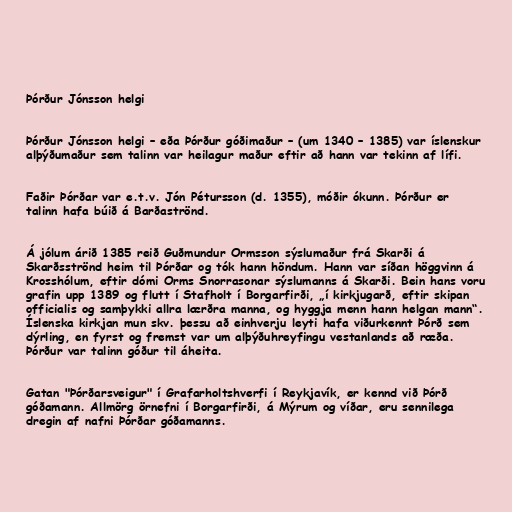
Þórður Jónsson helgi

Þórður Jónsson helgi – eða Þórður góðimaður – (um 1340 – 1385) var íslenskur
alþýðumaður sem talinn var heilagur maður eftir að hann var tekinn af lífi.

Faðir Þórðar var e.t.v. Jón Pétursson (d. 1355), móðir ókunn. Þórður er
talinn hafa búið á Barðaströnd.

Á jólum árið 1385 reið Guðmundur Ormsson sýslumaður frá Skarði á
Skarðsströnd heim til Þórðar og tók hann höndum. Hann var síðan höggvinn á
Krosshólum, eftir dómi Orms Snorrasonar sýslumanns á Skarði. Bein hans voru
grafin upp 1389 og flutt í Stafholt í Borgarfirði, „í kirkjugarð, eftir skipan
officialis og samþykki allra lærðra manna, og hyggja menn hann helgan mann“.
Íslenska kirkjan mun skv. þessu að einhverju leyti hafa viðurkennt Þórð sem
dýrling, en fyrst og fremst var um alþýðuhreyfingu vestanlands að ræða.
Þórður var talinn góður til áheita.

Gatan "Þórðarsveigur" í Grafarholtshverfi í Reykjavík, er kennd við Þórð
góðamann. Allmörg örnefni í Borgarfirði, á Mýrum og víðar, eru sennilega
dregin af nafni Þórðar góðamanns.